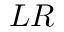
L R